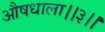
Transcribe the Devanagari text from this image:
औषधाला।।३।।